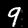
Digit: 9